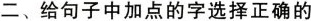
二、给句子中加点的字选择正确的